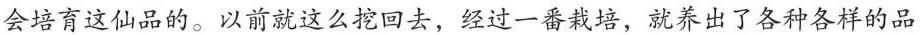
会培育这仙品的。以前就这么挖回去，经过一番栽培，就养出了各种各样的品